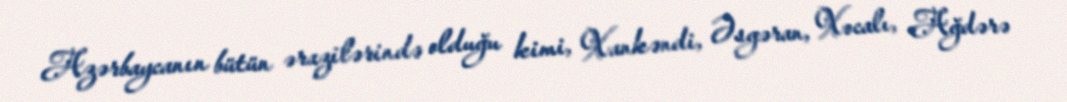
Azərbaycanın bütün ərazilərində olduğu kimi, Xankəndi, Əsgəran, Xocalı, Ağdərə